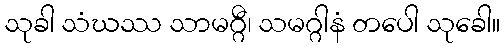
သုခါ သံဃဿ သာမဂ္ဂီ၊ သမဂ္ဂါနံ တပေါ သုခေါ။